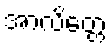
အာလိတ္တေ